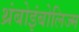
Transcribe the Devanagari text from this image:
थ्रंबोइंबोलिज्म